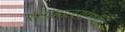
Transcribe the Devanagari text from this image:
संग्रहालयांमधील